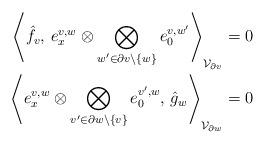
LaTeX: \begin{align*}\left\langle \hat{f}_v,\, e^{v,w}_x\otimes \bigotimes_{w'\in\partial v\setminus \{w\}} e^{v,w'}_0\right\rangle_{\mathcal{V}_{\partial v}}&=0\\\left\langle e^{v,w}_x\otimes \bigotimes_{v'\in\partial w\setminus \{v\}} e^{v',w}_0,\,\hat{g}_w\right\rangle_{\mathcal{V}_{\partial w}}&=0\end{align*}